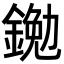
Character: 𨩯